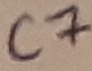
Text: C7